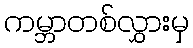
ကမ္ဘာတစ်လွှားမှ